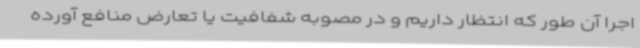
اجرا آن طور که انتظار داریم و در مصوبه شفافیت یا تعارض منافع آورده